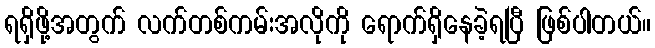
ရရှိဖို့အတွက် လက်တစ်ကမ်းအလိုကို ရောက်ရှိနေခဲ့ရပြီ ဖြစ်ပါတယ်။